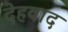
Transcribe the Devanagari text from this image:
देहवाद